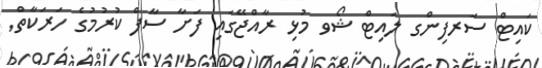
ކައިޓް ސަރފިންގ ލައިޓް ޝޯވ މުޅި ރާއްޖޭގައި ފަށާ ސާފް ކުރުމުގެ ހަރަކާތް